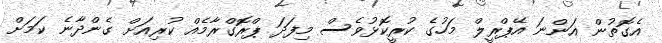
އެގޮތުން އަންނަ އޭޕްރީލް މަހުގެ ކުރީކޮޅުވެސް މިފަދަ ޕްރޮގްރާމެއް ކުރިއަށް ގެންދާނެ ކަމަށް